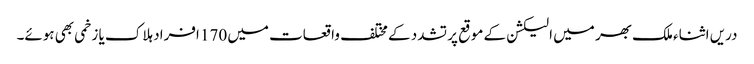
دریں اثناء ملک بھر میں الیکشن کے موقع پر تشدد کے مختلف واقعات میں 170 افراد ہلاک یا زخمی بھی ہوئے۔